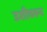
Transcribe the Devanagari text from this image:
उशीवरून